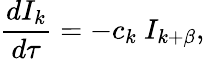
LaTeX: {\frac{dI_{k}}{d\tau}}=-c_{k}~I_{k+\beta},